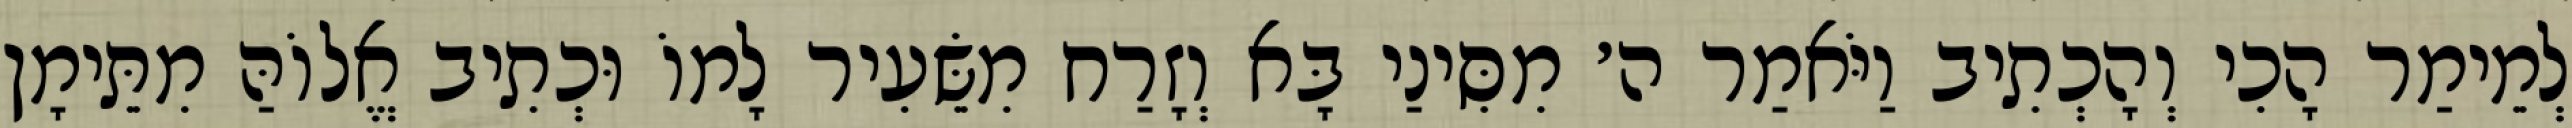
לְמֵימַר הָכִי וְהָכְתִיב וַיֹּאמַר ה׳ מִסִּינַי בָּא וְזָרַח מִשֵּׂעִיר לָמוֹ וּכְתִיב אֱלוֹהַּ מִתֵּימָן